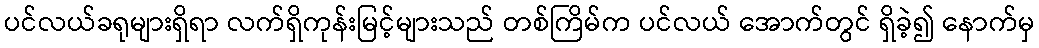
ပင်လယ်ခရုများရှိရာ လက်ရှိကုန်းမြင့်များသည် တစ်ကြိမ်က ပင်လယ် အောက်တွင် ရှိခဲ့၍ နောက်မှ